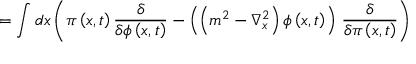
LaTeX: = \int d x \left( \pi \left( x , t \right) \frac { \delta } { \delta \phi \left( x , t \right) } - \left( \left( m ^ { 2 } - \nabla _ { x } ^ { 2 } \right) \phi \left( x , t \right) \right) \, \frac { \delta } { \delta \pi \left( x , t \right) } \right)